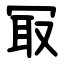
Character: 冣